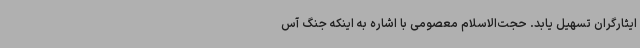
ایثارگران تسهیل یابد. حجت‌الاسلام معصومی با اشاره به اینکه جنگ آس